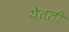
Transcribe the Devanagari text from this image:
येतली